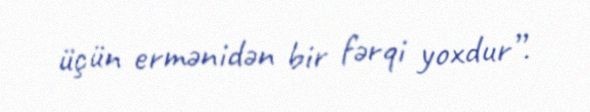
üçün ermənidən bir fərqi yoxdur”.